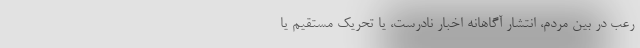
رعب در بین مردم، انتشار آگاهانه اخبار نادرست، یا تحریک مستقیم یا